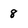
Character: 8